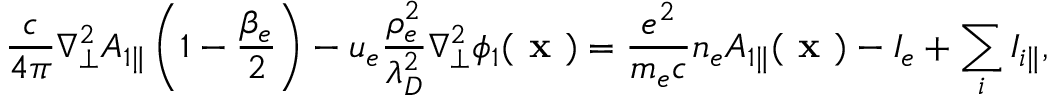
\frac { c } { 4 \pi } \nabla _ { \perp } ^ { 2 } { A } _ { 1 \parallel } \left( 1 - \frac { \beta _ { e } } { 2 } \right) - u _ { e } \frac { \rho _ { e } ^ { 2 } } { \lambda _ { D } ^ { 2 } } \nabla _ { \perp } ^ { 2 } \phi _ { 1 } ( \textbf { x } ) = \frac { e ^ { 2 } } { m _ { e } c } n _ { e } { A } _ { 1 \parallel } ( \textbf { x } ) - I _ { e } + \sum _ { i } I _ { i \parallel } ,